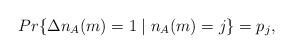
LaTeX: \begin{align*}Pr\{\Delta n_A(m)=1\; |\; n_A(m)=j\}=p_j,\end{align*}